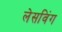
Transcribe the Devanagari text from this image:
लेसविंग